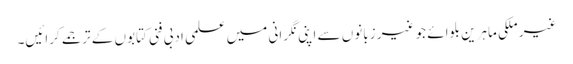
غیر ملکی ماہرین بلوائے جو غیر زبانوں سے اپنی نگرانی میں علمی ادبی فنی کتابوں کے ترجمے کرائیں۔